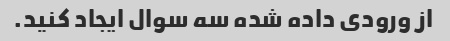
از ورودی داده شده سه سوال ایجاد کنید.